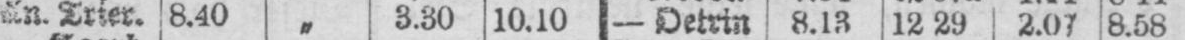
An. Trier 8.40 „ 3.30 10.10 - Oetrin 8.13 12.29 2.07 8.58